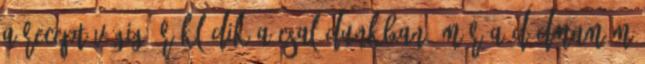
a recept végig öröklődik a családunkban, már a dédmamám